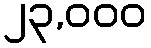
၂၃,၀၀၀